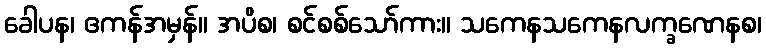
ခေါပန၊ ဧကန်အမှန်။ အပိစ၊ စင်စစ်သော်ကား။ သကေနသကေနလက္ခဏေနစ၊